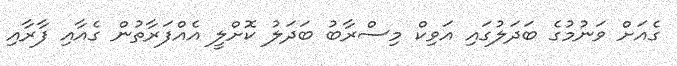
ގެއަށް ވަނުމުގެ ބަދަލުގައި އަވިކް މިސްރާބު ބަދަލު ކޮށްލީ އެއްފަރާތުން ގެއާއި ފާރާއި